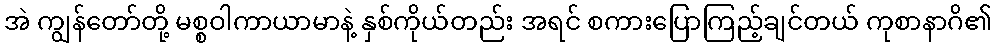
အဲ ကျွန်တော်တို့ မစ္စဝါကာယာမာနဲ့ နှစ်ကိုယ်တည်း အရင် စကားပြောကြည့်ချင်တယ် ကုစာနာဂိ၏